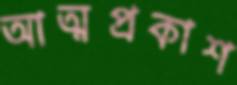
আত্মপ্রকাশ